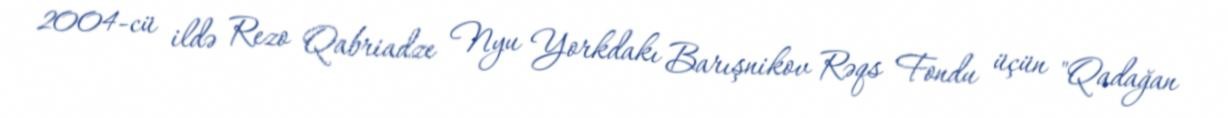
2004-cü ildə Rezo Qabriadze Nyu Yorkdakı Barışnikov Rəqs Fondu üçün "Qadağan